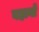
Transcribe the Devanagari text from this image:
बहानो